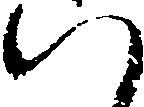
い